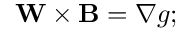
\mathbf { W } \times \mathbf B = \nabla g ;